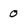
Character: 0